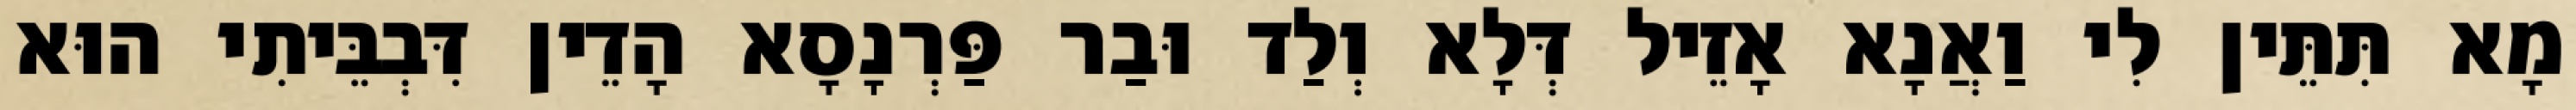
מָא תִּתֵּין לִי וַאֲנָא אָזֵיל דְּלָא וְלַד וּבַר פַּרְנָסָא הָדֵין דִּבְבֵּיתִי הוּא